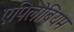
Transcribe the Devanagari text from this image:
एपिलोबियम